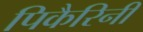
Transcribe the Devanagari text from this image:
पिकैरिनी